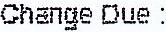
CHANGE DUE :